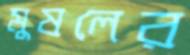
মুষলের